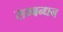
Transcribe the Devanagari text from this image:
सम्बन्धन